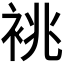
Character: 𫋺